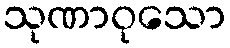
သုဏာဝုသော